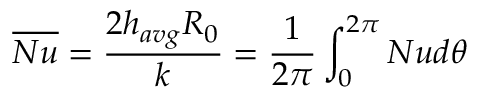
\overline { { N u } } = \frac { 2 h _ { a v g } R _ { 0 } } { k } = \frac { 1 } { 2 \pi } \int _ { 0 } ^ { 2 \pi } N u d \theta